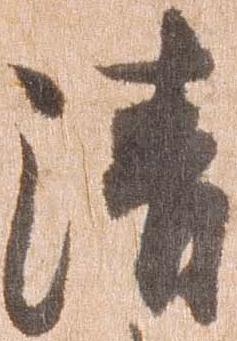
清